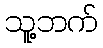
သူ့ဘက်